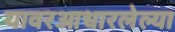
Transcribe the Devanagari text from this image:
यावरआधारलेल्या